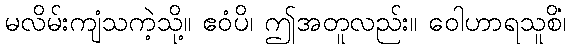
မလိမ်းကျံသကဲ့သို့။ ဧဝံပိ၊ ဤအတူလည်း။ ဝေါဟာရသူစိံ၊